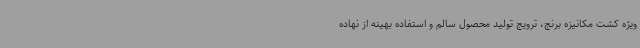
ویژه کشت مکانیزه برنج، ترویج تولید محصول سالم و استفاده بهینه از نهاده